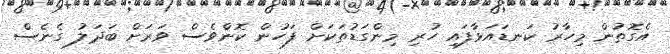
އެގޮތުން މިހާރު ކަނޑައަޅާފައި ހުރި މިންގަޑުތަކަށް ފަހުން ކޮންވެސް ވަރަށް ބަދަލު ގެނެސް